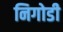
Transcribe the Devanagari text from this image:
निगोडी